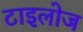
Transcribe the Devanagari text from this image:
टाइलोज